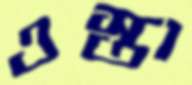
ওস্তা